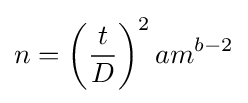
n=\left({\frac {t}{D}}\right)^{2}am^{b-2}